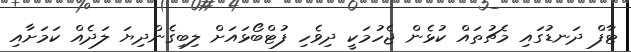
ޓާފް ދަނޑުގައި މެޗުތައް ކުޅެން ޖެހުމަކީ ދިވެހި ފުޓްބޯޅައަށް ލިބިގެންދިޔަ ލަދެއް ކަމަށާއި